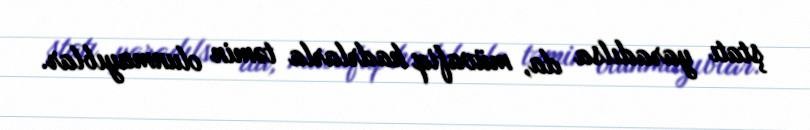
ştatı yaradılsa da, müvafiq kadrlarla təmin olunmayıblar.